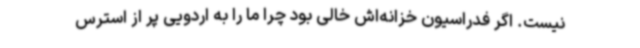
نیست. اگر فدراسیون خزانه‌اش خالی بود چرا ما را به اردویی پر از استرس